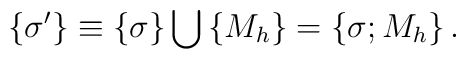
\left\{ \sigma ^{\prime }\right\} \equiv \left\{ \sigma \right\} \bigcup\left\{ M_h\right\} =\left\{ \sigma ;M_h\right\} .